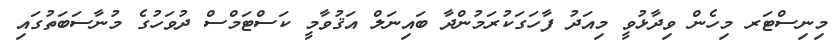
މިނިސްޓަރ މިހެން ވިދާޅުވީ މިއަދު ފާހަގަކުރަމުންދާ ބައިނަލް އަޤުވާމީ ކަސްޓަމްސް ދުވަހުގެ މުނާސަބަތުގައި